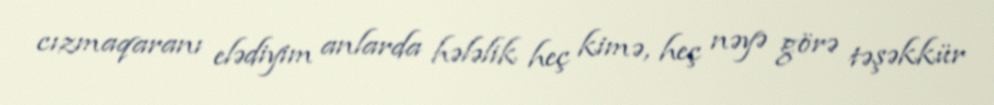
cızmaqaranı elədiyim anlarda hələlik heç kimə, heç nəyə görə təşəkkür